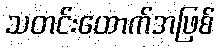
သတင်းထောက်အဖြစ်